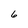
Character: 6